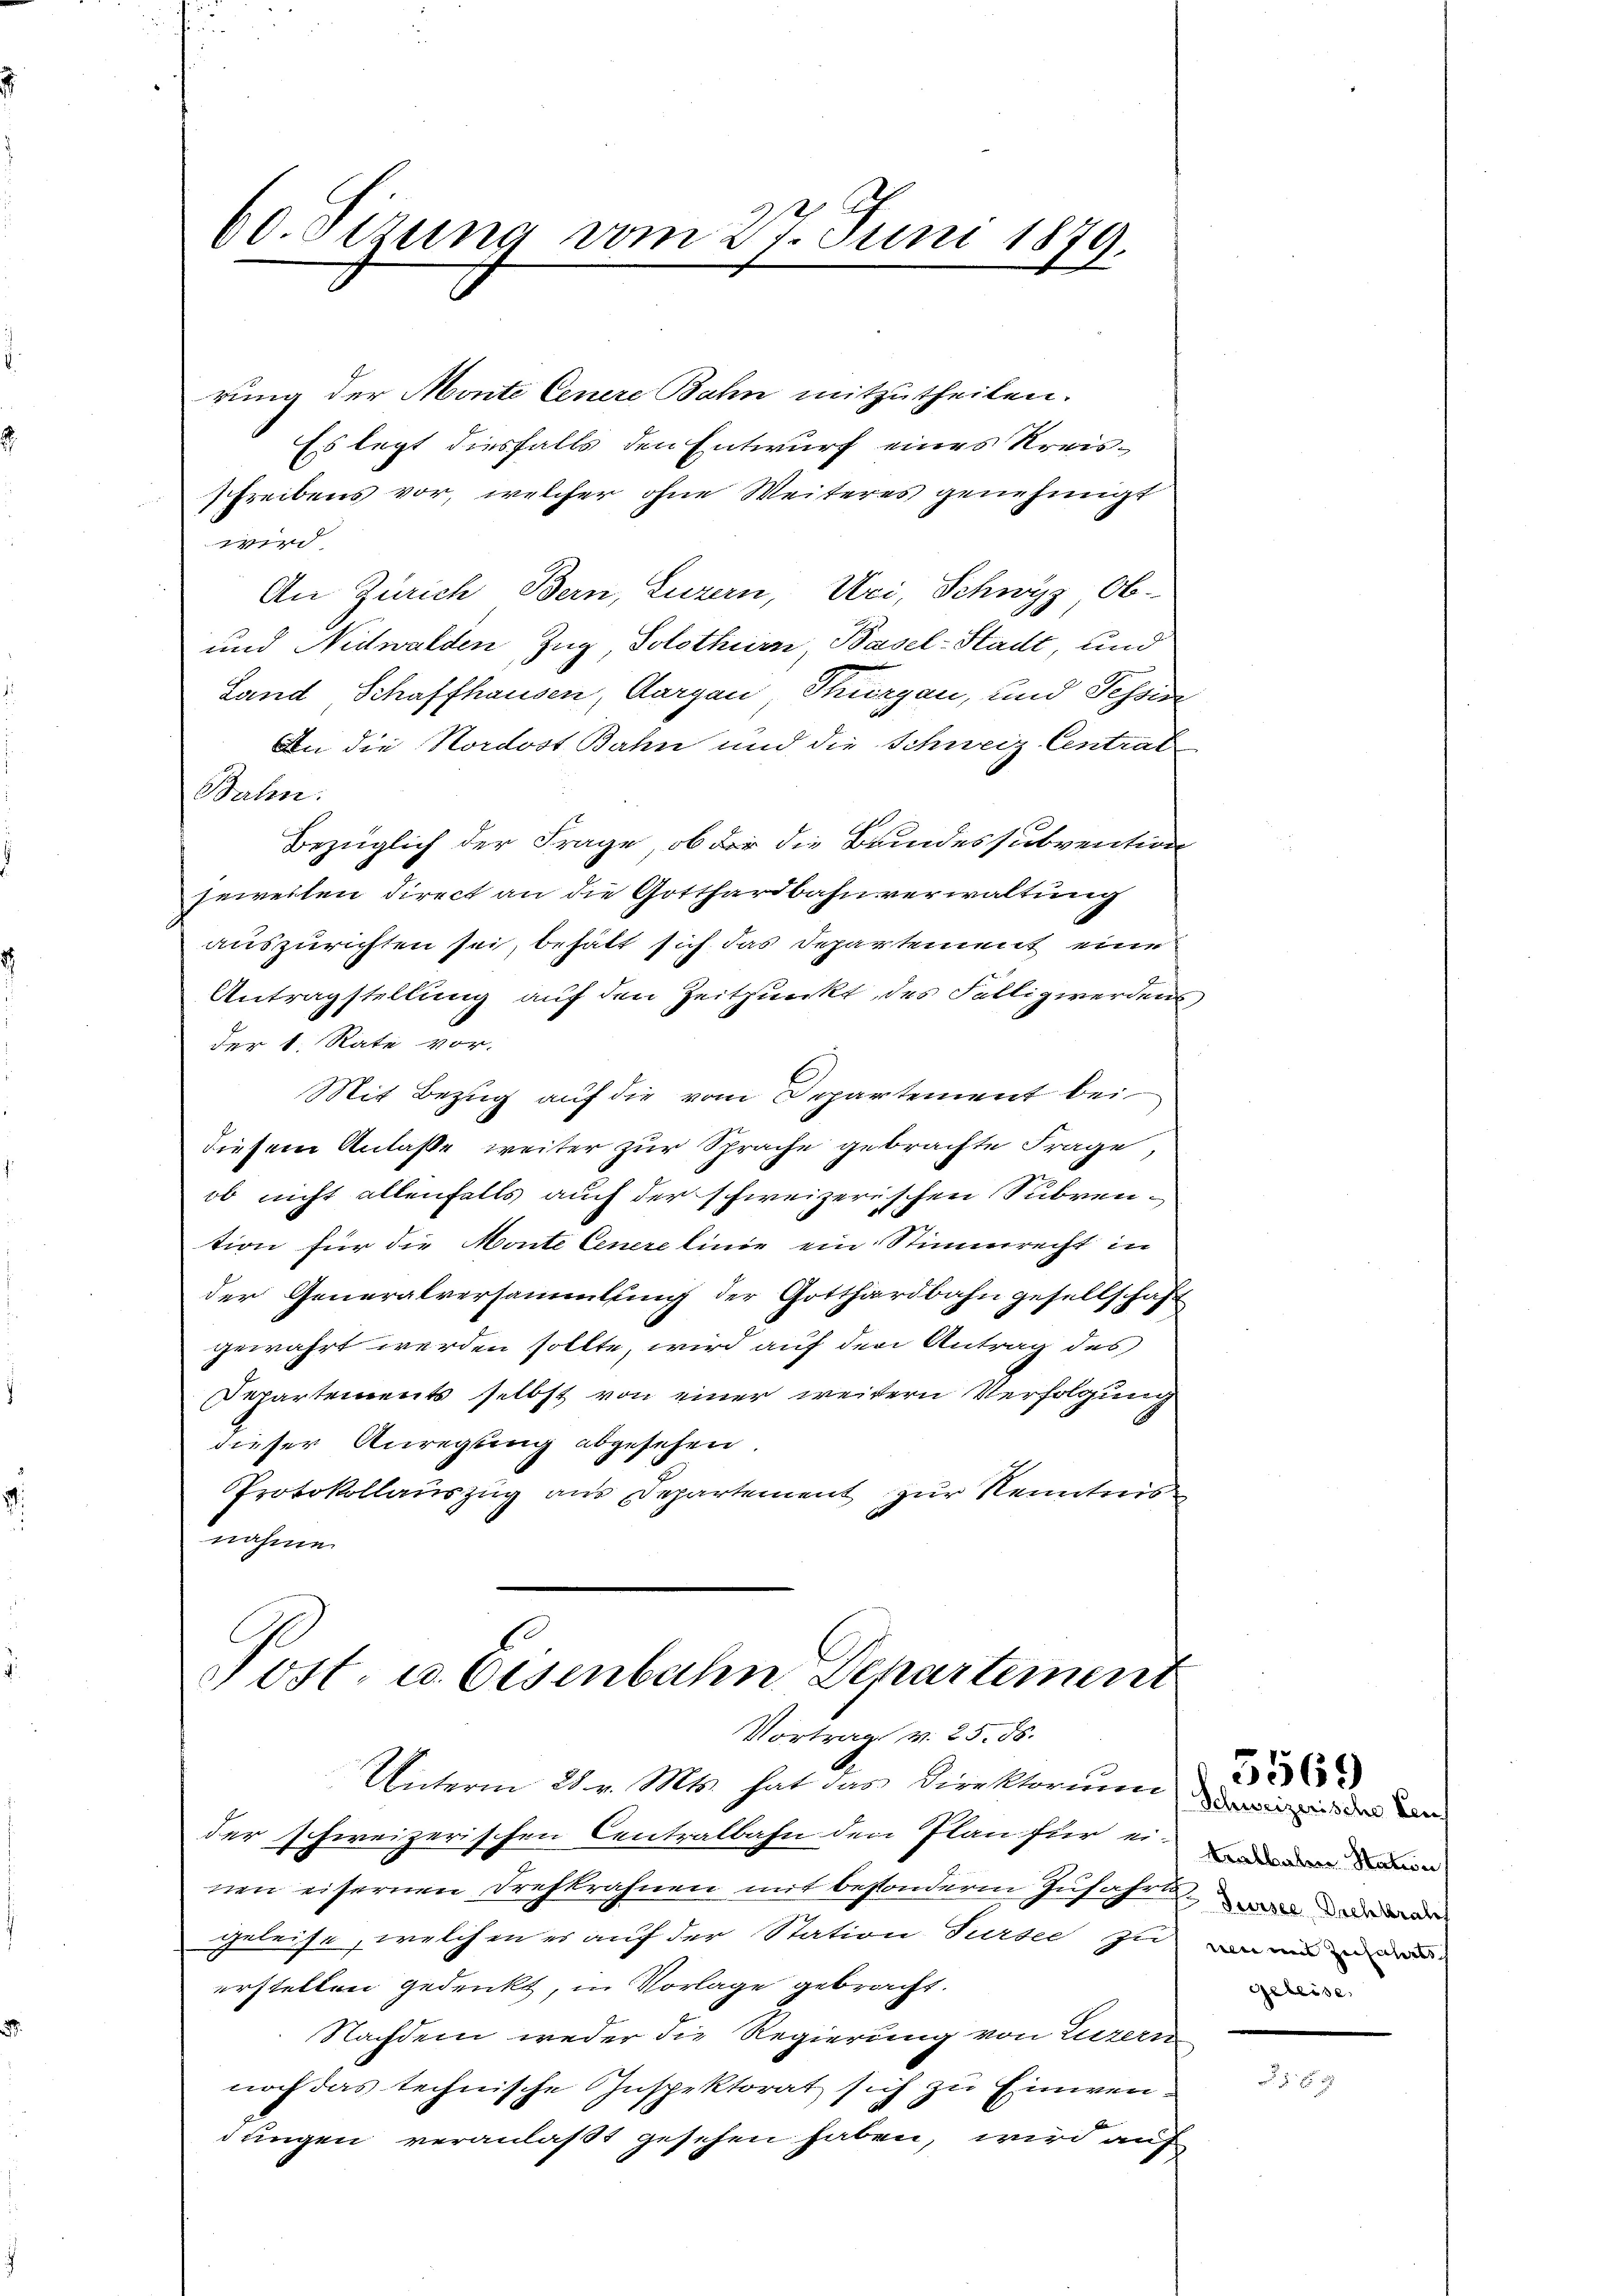
A
60. Sizung vom 27. Juni 1879.
x

rung der Monte Cenere Bahn mitzutheilen.
Es legt diesfalls den Entwurf eines Kreisschreibens vor, welcher ohne Weiteres genehmigt
wird
An Zürich Bern, Luzern, Uri, Schwyz, Ob-
und Nidwalden Zug, Solothurn, Basel-Stadt, und
Land Schaffhausen, Aargau, Thurgau, und Tessin
In die Nordost Bahn und die Schweiz Centrat
Bahn:
Bezüglich der Frage, ob der die Bundessubvention
jeweilen direct an die Gotthardbahnverwaltung
auszurichten sei, behalt sich das Departement eine
Antragstellung auf den Zeitpunkt, des Fällig werdens
der 1. Rate vor.
Mit Bezug auf die vom Departement bei
diesem Anlasse weiter zur Sprache gebrachte Frage,
ob nicht allenfalls auch der schweizerischen Subvention für die Monte Cenere linie ein Stimmrecht in
der Generalversammlung der Gotthardbahn gesellschaft
gewahrt werden sollte, wird auf den Antrag des
Departements selbst von einer weitern Verfolgung
dieser Anregung abgesehen.
Protokollauszug aus Departement zur Kenntnis
nahmen.

Post. u. Eisenbahn Departement
Vortrag v. 25. 56.
Unterm 28. v. Mts. hat das Direktorium

der schweizerischen Centralbahn den Plan für einen ein
nen eisernen Drehkrahnen mit besondere Zufahren an
geleise, welchen es auf der Station Sursee zu
erstellen gedenkt, in Vorlage gebracht.
Nachdem weder die Regierung von Luzern
noch das technische Inspektorat sich zu Einwendungen veranlaßt gesehen haben, wird auf

Schweizerische Leuch
wen mit Zufahrts
geleise.

5569